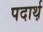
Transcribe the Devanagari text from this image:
पदार्थ़